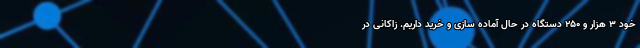
خود ۳ هزار و ۲۵۰ دستگاه در حال آماده سازی و خرید داریم. زاکانی در